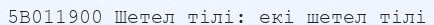
5В011900 Шетел тілі: екі шетел тілі